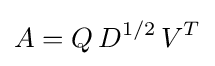
A=Q\,D^{1/2}\,V^{T}